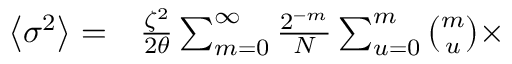
\begin{array} { r l } { \left\langle \sigma ^ { 2 } \right\rangle = } & { { } \frac { \zeta ^ { 2 } } { 2 \theta } \sum _ { m = 0 } ^ { \infty } \frac { 2 ^ { - m } } { N } \sum _ { u = 0 } ^ { m } \binom { m } { u } \times } \end{array}